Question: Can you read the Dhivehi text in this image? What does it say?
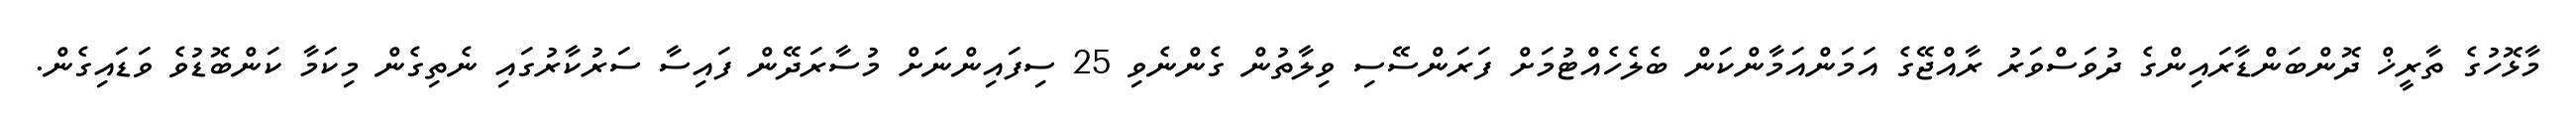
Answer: މާޅޮހުގެ ތާރީޚް ދޮންބަންޑާރައިންގެ ދުވަސްވަރު ރާއްޖޭގެ އަމަންއަމާންކަން ބެލެހެއްޓުމަށް ފަރަންސޭސި ވިލާތުން ގެންނެވި 25 ސިފައިންނަށް މުސާރަދޭން ފައިސާ ސަރުކާރުގައި ނެތިގެން މިކަމާ ކަންބޮޑުވެ ވަޑައިގެން.